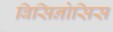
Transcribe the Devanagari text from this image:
बिसिनोसिस